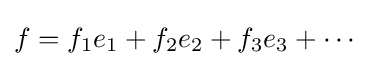
f=f_{1}e_{1}+f_{2}e_{2}+f_{3}e_{3}+\cdots